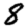
Digit: 8